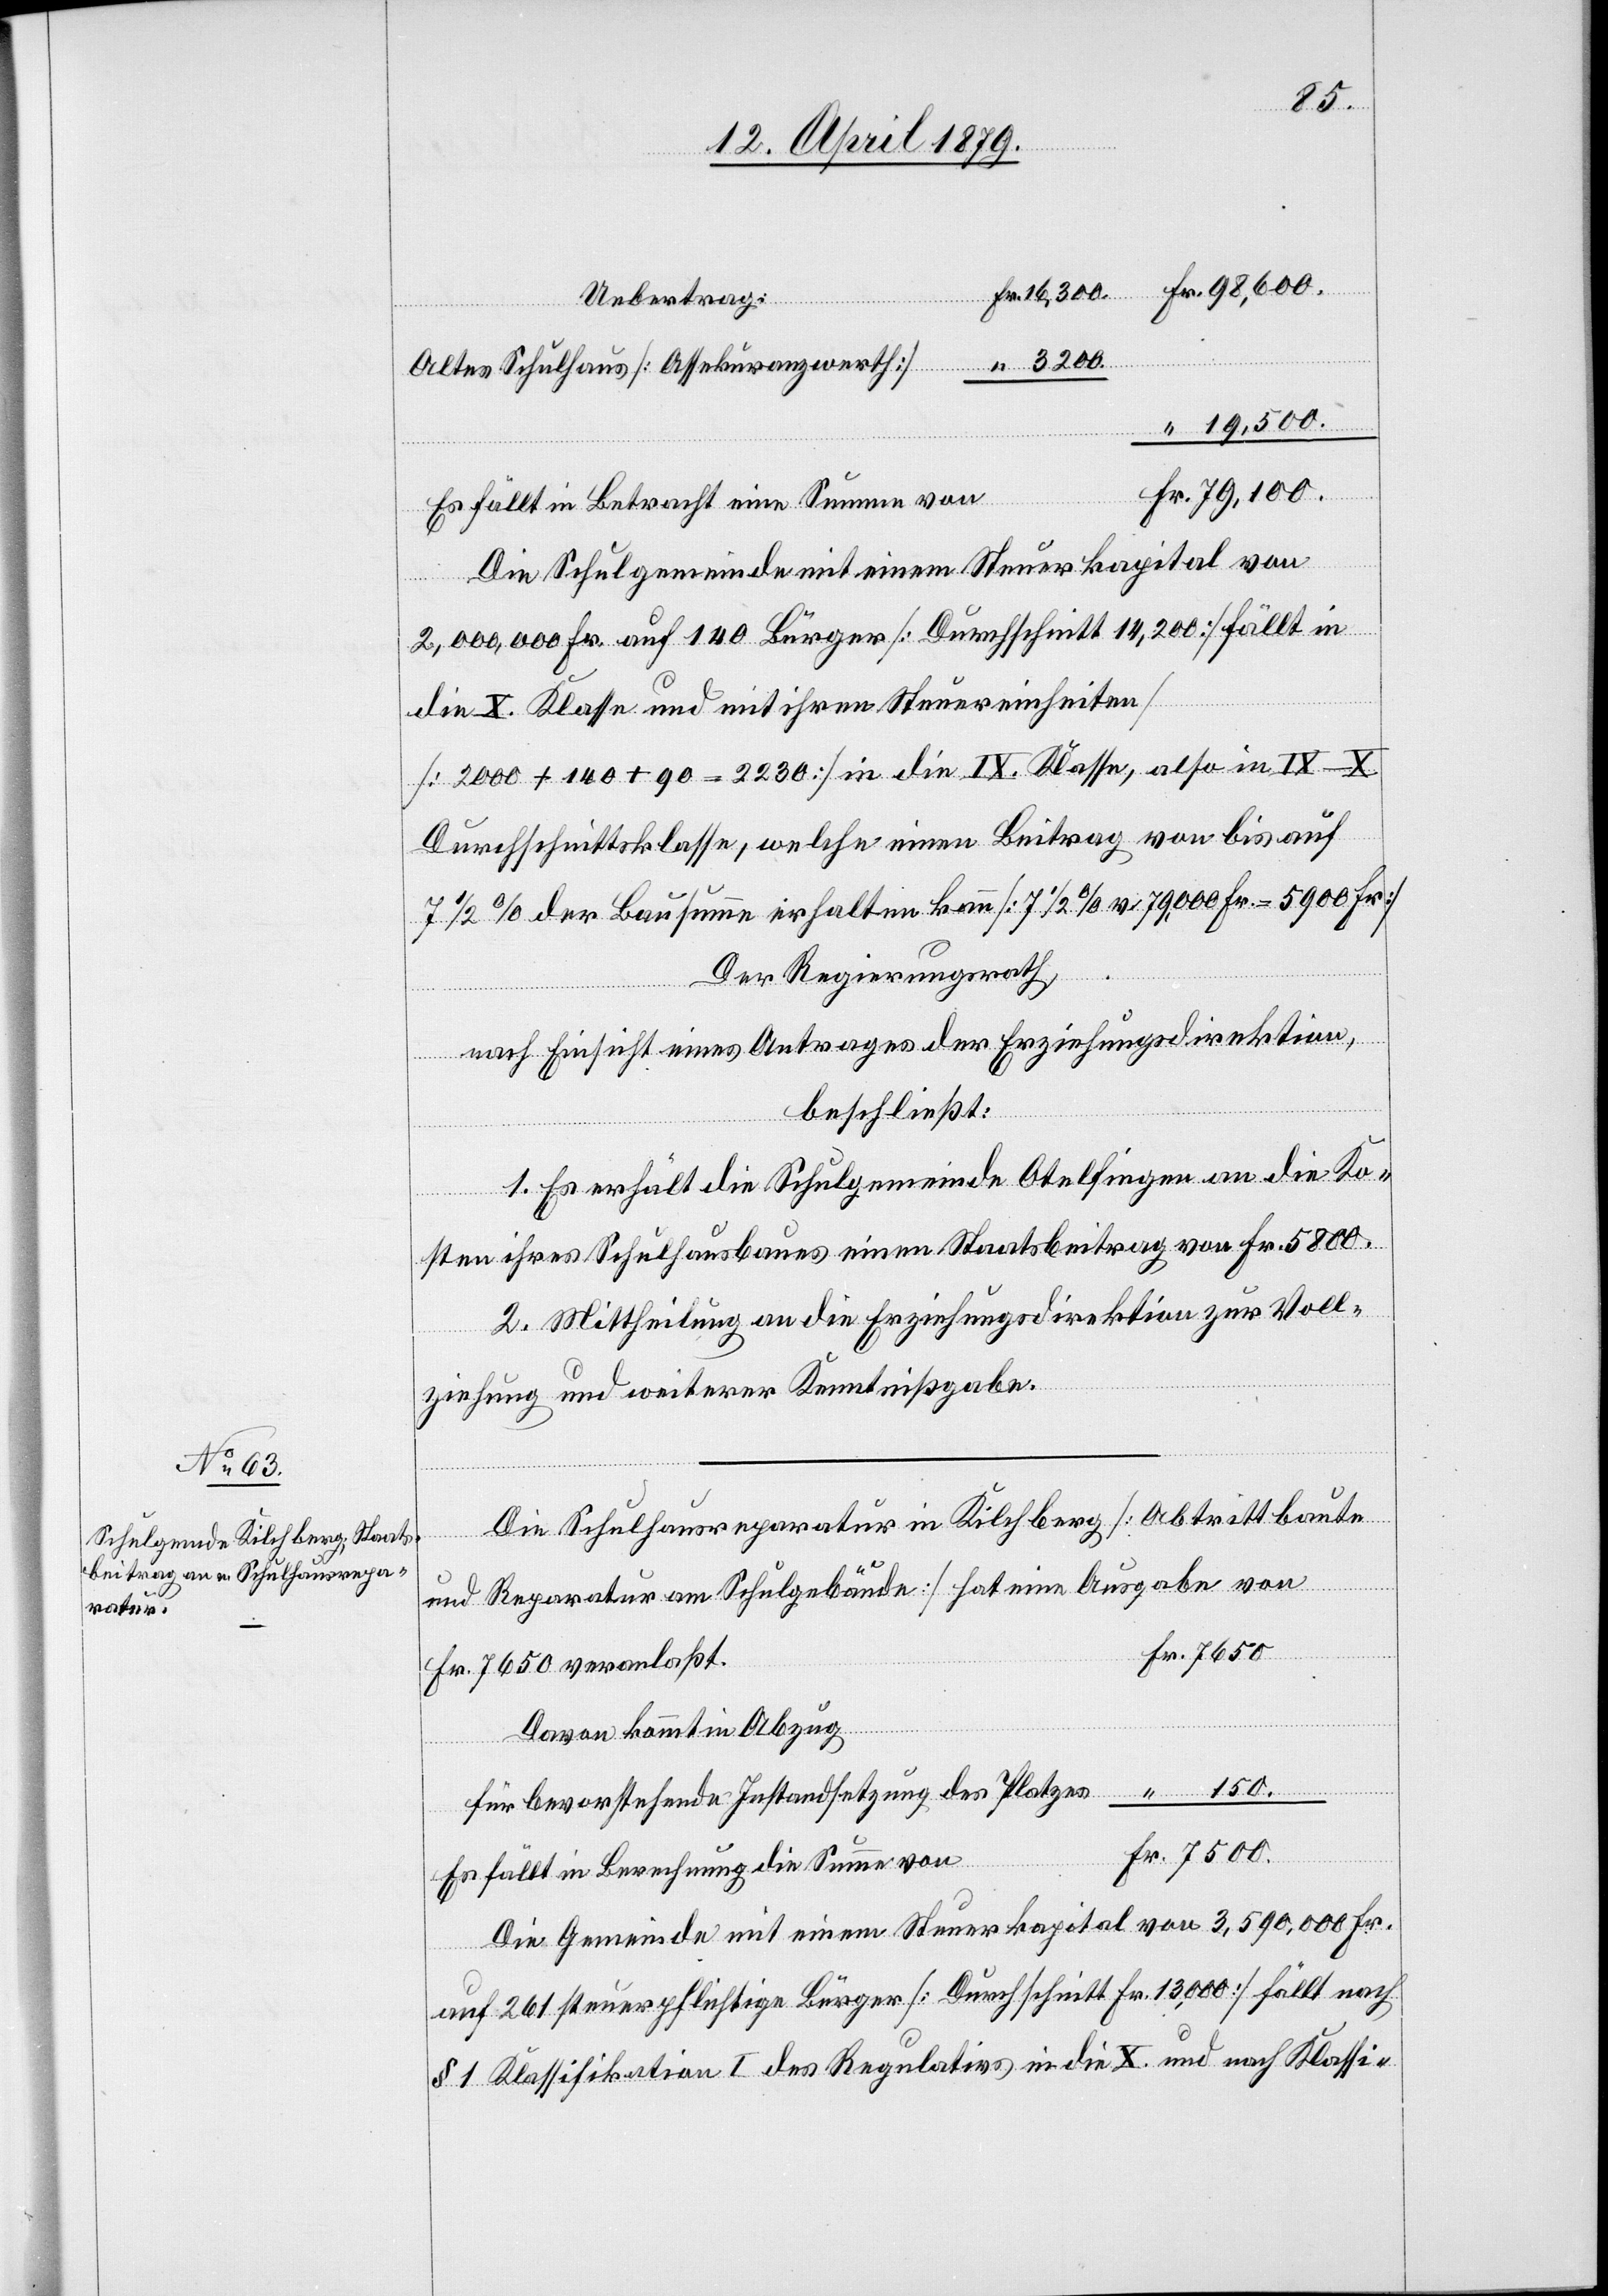
16,300.
Uebertrag:
Altes Schulhaus [Assekuranzwerth]
19,500.
Es fällt in Betracht eine Summe von
Fr.
Die Schulgemeinde mit einem Steuerkapital von
2,000,000 Fr. auf 140 Bürger [Durchschnitt 14,200] fällt in
die X. Klasse und mit ihren Steuereinheiten
[2000 + 140 + 90 = 2230] in die IX. Klasse, also in IX–X.
Durchschnittsklasse, welche einen Beitrag von bis auf
7 1/2% der Bausumme erhalten kann [7 1/2% v. 79,000 Fr. = 5900 Fr.]
Der Regierungsrath,
nach Einsicht eines Antrages der Erziehungsdirektion,
beschließt:
1. Es erhält die Schulgemeinde Otelfingen an die Ko¬
sten ihres Schulhausbaues einen Staatsbeitrag von Fr. 5800.
2. Mittheilung an die Erziehungsdirektion zur Voll¬
ziehung und weiterer Kenntnißgabe.